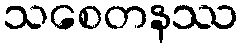
သစေတနဿ